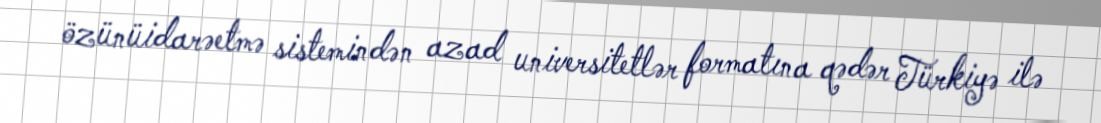
özünüidarəetmə sistemindən azad universitetlər formatına qədər Türkiyə ilə